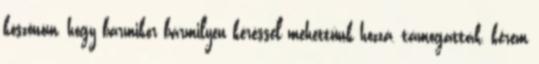
köszönöm, hogy bármikor bármilyen kéréssel mehettünk hozzá, támogatták, kérem